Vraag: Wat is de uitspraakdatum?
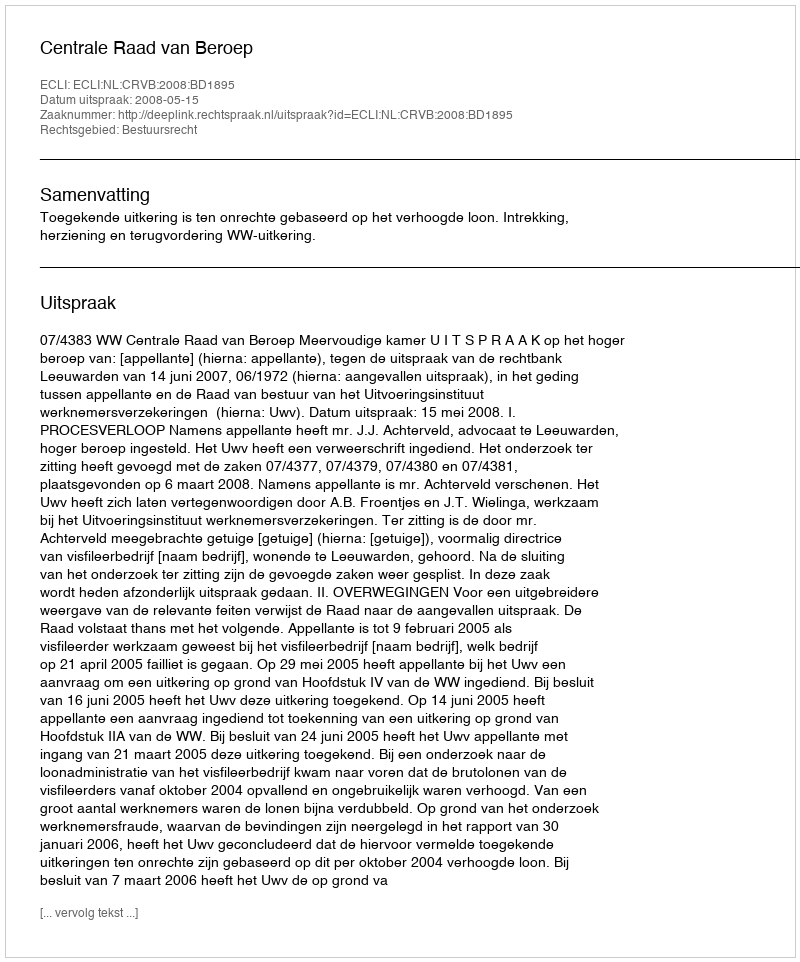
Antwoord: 2008-05-15